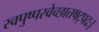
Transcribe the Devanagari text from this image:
स्वपुष्पस्वेच्छात्तषट्पदः।